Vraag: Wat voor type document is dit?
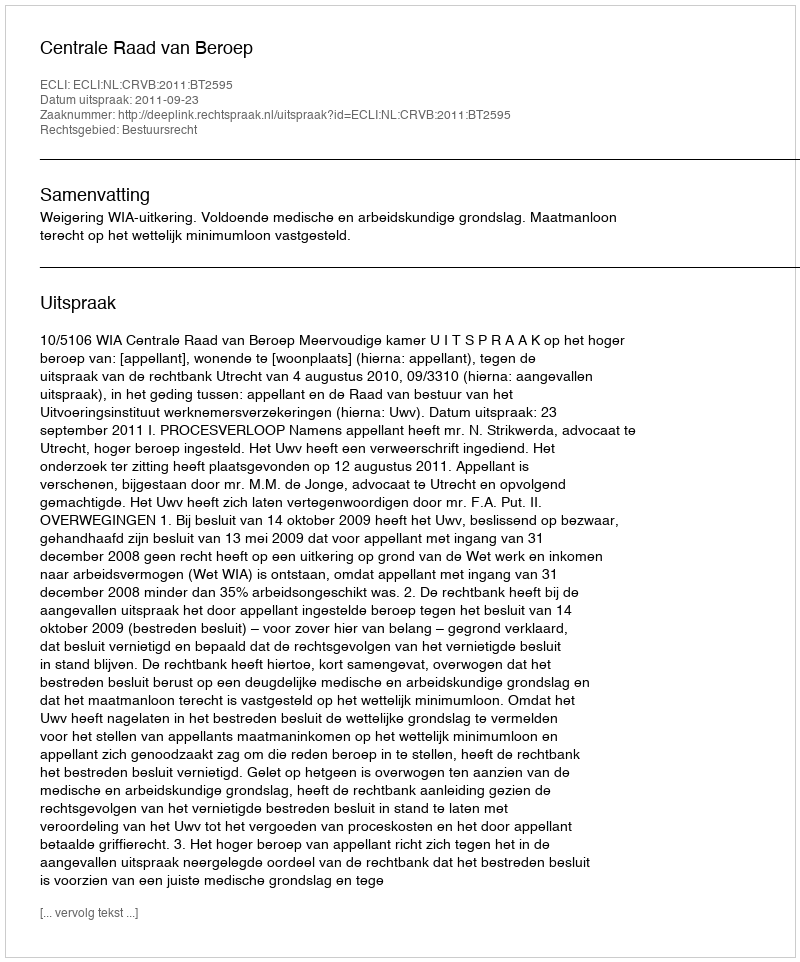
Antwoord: Uitspraak